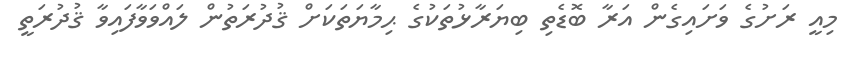
މިއީ ރަށުގެ ވަށައިގެން އަރާ ބޮޑެތި ބިޔަރާޅުތަކުގެ ޙިމާޔަތަކަށް ޤުދުރަތުން ލައްވަވާފައިވާ ޤުދުރަތީ